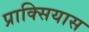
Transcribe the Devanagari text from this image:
प्राक्सियास